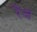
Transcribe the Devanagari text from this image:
रैंज